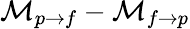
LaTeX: \mathcal{M}_{p\rightarrow f}-\mathcal{M}_{f\rightarrow p}